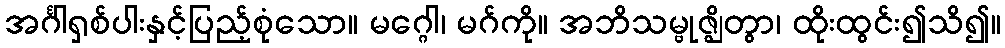
အင်္ဂါရှစ်ပါးနှင့်ပြည့်စုံသော။ မဂ္ဂေါ၊ မဂ်ကို။ အဘိသမ္ဗုဇ္ဈိတွာ၊ ထိုးထွင်း၍သိ၍။